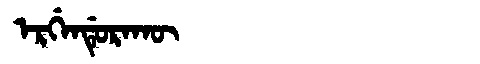
Manchu: ᡝᡵᡤᡝᠨᡩᡠᡵᠠᡴᡡ
Romanization: ERGENDURAKŪ